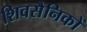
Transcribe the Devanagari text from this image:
शिवसैनिकों